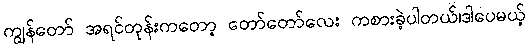
ကျွန်တော် အရင်တုန်းကတော့ တော်တော်လေး ကစားခဲ့ပါတယ်၊ဒါပေမယ့်